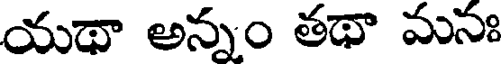
యథా అన్నం తథా మసః